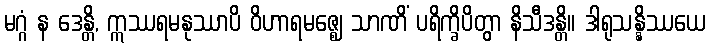
မဂ္ဂံ န ဒေန္တိ, ဣဿရမနုဿာပိ ဝိဟာရမဇ္ဈေ သာဏိံ ပရိက္ခိပိတွာ နိသီဒန္တိ။ ဒါရုသန္နိဿယေ